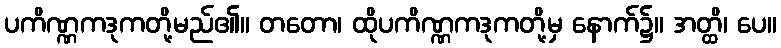
ပကိဏ္ဏကဒုကတို့မည်၏။ တတော၊ ထိုပကိဏ္ဏကဒုကတို့မှ နောက်၌။ အတ္ထိ၊ ပေ။